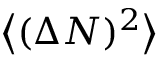
{ \big \langle } ( \Delta N ) ^ { 2 } { \big \rangle }